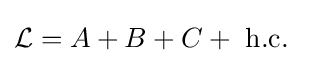
{\mathcal {L}}=A+B+C+~{\text{h.c.}}~